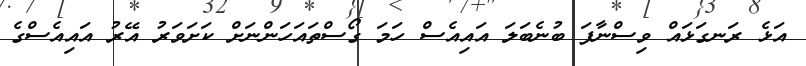
އަޅެ ރަނގަޅައް ވިސްނާފަ ބުނެބަލަ އައިއެސް ހަމަ ގޯސްތައަހަންނަށް ކަށަވަރު އޭރު އައިއެސްގެ